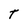
Character: T